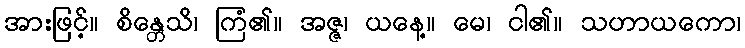
အားဖြင့်။ စိန္တေသိ၊ ကြံ၏။ အဇ္ဇ၊ ယနေ့။ မေ၊ ငါ၏။ သဟာယကော၊